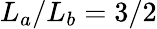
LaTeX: L_{a}/L_{b}=3/2